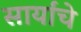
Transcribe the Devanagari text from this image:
सार्यांचे